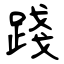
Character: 踐